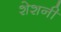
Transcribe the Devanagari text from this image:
शेशनी